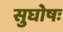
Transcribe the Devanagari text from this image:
सुघोषः